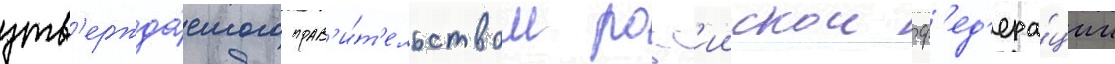
утв'ержда́емого прав'и́т'ельством росс'иискои ф'ед'ера́ции